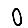
Digit: 0